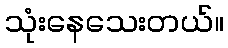
သုံးနေသေးတယ်။